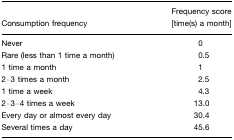
| Consumption frequency | Frequency score [time(s) a month] |
 | --- | --- |
 | Never | 0 |
 | Rare (less than 1 time a month) | 0.5 |
 | 1 time a month | 1 |
 | 2–3 times a month | 2.5 |
 | 1 time a week | 4.3 |
 | 2–3–4 times a week | 13.0 |
 | Every day or almost every day | 30.4 |
 | Several times a day | 45.6 |